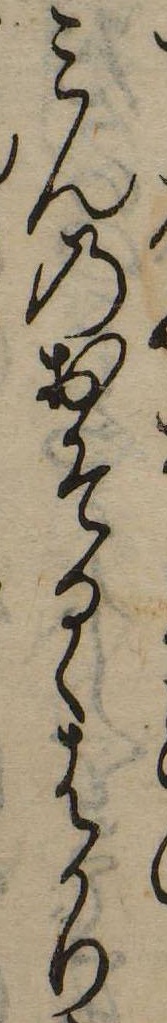
みんのおそるゝはかり